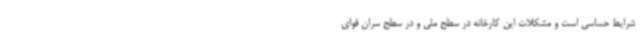
شرایط حساسی است و مشکلات این کارخانه در سطح ملی و در سطح سران قوای